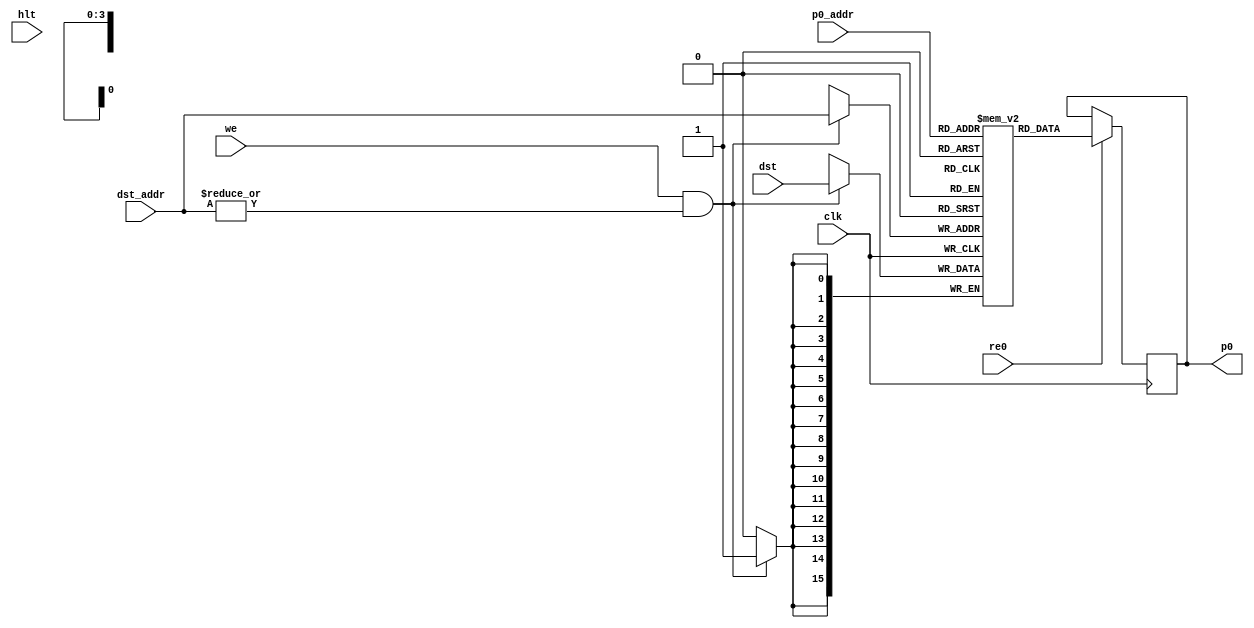
module rf(clk,p0_addr,p0,re0,dst_addr,dst,we,hlt);
//////////////////////////////////////////////////////////////////
// Triple ported register file.  Two read ports (p0 & p1), and //
// one write port (dst).  Data is written on clock high, and  //
// read on clock low //////////////////////////////////////////
//////////////////////

input clk;
input [3:0] p0_addr;			// two read port addresses
input re0;							// read enables (power not functionality)
input [3:0] dst_addr;					// write address
input [15:0] dst;						// dst bus
input we;								// write enable
input hlt;								// not a functional input.  Used to dump register contents when
										// test is halted.

output reg [15:0] p0;  				//output read ports

integer indx;

reg [15:0]mem[0:15];					// 16 registers each 16-bit wide

//////////////////////////////////////////////////////////
// Register file will come up uninitialized except for //
// register zero which is hardwired to be zero.       //
///////////////////////////////////////////////////////
//Comment the initial block for synthesizable design
//initial begin
//  $readmemh("C:/Users/erichoffman/Documents/ECE_Classes/ECE552/EricStuff/Project/Tests/rfinit.txt",mem);
//  mem[0] is now always written in the always block 
//  mem[0] = 16'h0000;					// reg0 is always 0,
//end

//////////////////////////////////
// RF is written on clock high //
////////////////////////////////
always @(negedge clk) begin
  if (we && |dst_addr)
    mem[dst_addr] <= dst;
end
	
//////////////////////////////
// RF is read on clock low //
////////////////////////////
always @(negedge clk)
  if (re0)
    p0 <= mem[p0_addr];
	
////////////////////////////////////////
// Dump register contents at program //
// halt for debug purposes          //
/////////////////////////////////////
always @(posedge hlt)
  for(indx=1; indx<16; indx = indx+1)
    $display("R%1h = %h",indx,mem[indx]);
	
endmodule